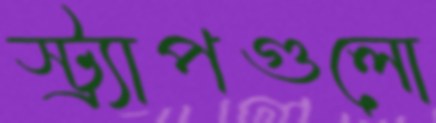
স্ট্র্যাপগুলো